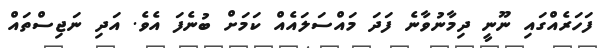
ފަހަރެއްގައި ނޫނީ ދިމާނުވާނެ ފަދަ މައްސަލައެއް ކަމަށް ބުނެފަ އެވެ. އަދި ނަޖިސްތައް